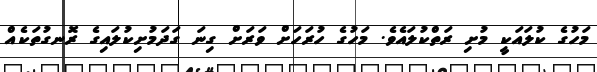
މަހުގެ ކުލައަކީ މުށި ރަތްކުލައެވެ. މަހުގެ ހުރަހަށް ވަރަށް ގިނަ ގަދަމުށިކުލައިގެ ރޮނގުތަކެއް